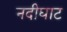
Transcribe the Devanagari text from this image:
नदीघाट